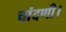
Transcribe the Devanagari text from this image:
चांदणी।